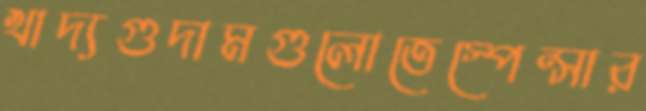
খাদ্যগুদামগুলোতেস্পেন্সার